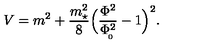
V = m ^ { 2 } + { \frac { m _ { \star } ^ { 2 } } { 8 } } \Big ( { \frac { \Phi ^ { 2 } } { \Phi _ { \! _ { 0 } } ^ { 2 } } } - 1 \Big ) ^ { 2 } .